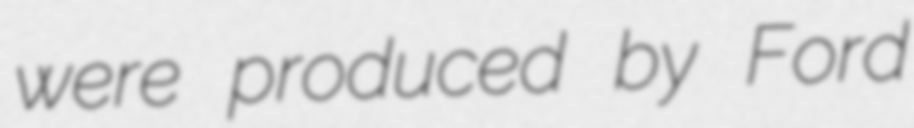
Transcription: were produced by Ford